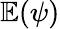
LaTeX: \mathbb E(\psi)